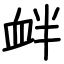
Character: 衅